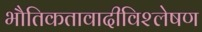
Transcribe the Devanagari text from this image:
भौतिकतावादीविश्लेषण